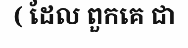
( ដែល ពួកគេ ជា